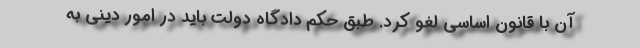
آن با قانون اساسی لغو کرد. طبق حکم دادگاه دولت باید در امور دینی به